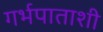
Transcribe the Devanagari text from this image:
गर्भपाताशी